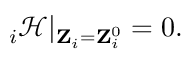
{ \bf \nabla } _ { i } \mathcal { H } | _ { { \bf Z } _ { i } = { \bf Z } _ { i } ^ { 0 } } = 0 .